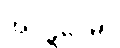
အပ္ပဋိဝေဓာ